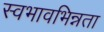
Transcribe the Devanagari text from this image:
स्वभावभिन्नता